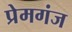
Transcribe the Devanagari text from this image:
प्रेमगंज